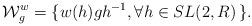
LaTeX: \begin{align*}{\cal W}_g^w= \{ w(h) g h^{-1}, \forall h \in SL(2,R) \, \}.\end{align*}